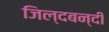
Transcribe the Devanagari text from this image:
जिल्दबन्दी